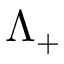
\Lambda _ { + }